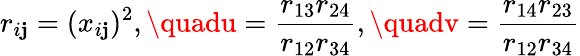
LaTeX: r_{i\mathbf{j}}=(x_{i\mathbf{j}})^{2},\quadu=\frac{{r_{13}r_{24}}}{{r_{12}r_{34}}},\quadv=\frac{{r_{14}r_{23}}}{{r_{12}r_{34}}}